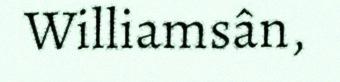
Williamsân,